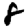
Digit: 8